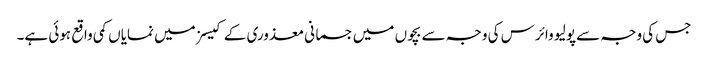
جس کی وجہ سے پولیو وائرس کی وجہ سے بچوں میں جسمانی معذوری کے کیسز میں نمایاں کمی واقع ہوئی ہے۔